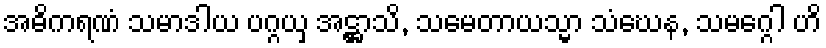
အဓိကရဏံ သမာဒါယ ပဂ္ဂယှ အဋ္ဌာသိ, သမေတာယသ္မာ သံဃေန, သမဂ္ဂေါ ဟိ